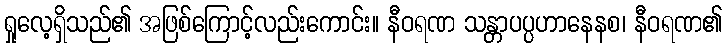
ရှုလေ့ရှိသည်၏ အဖြစ်ကြောင့်လည်းကောင်း။ နီဝရဏ သန္တာပပ္ပဟာနေနစ၊ နီဝရဏ၏